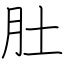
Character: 肚